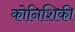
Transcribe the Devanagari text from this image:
कोनिशिकी